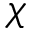
\chi